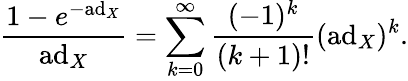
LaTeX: {\frac{1-e^{-\mathrm{ad}_{X}}}{\mathrm{ad}_{X}}}=\sum_{k=0}^{\infty}{\frac{(-1)^{k}}{(k+1)!}}(\mathrm{ad}_{X})^{k}.